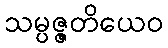
သမ္ပဇ္ဇတိယေဝ